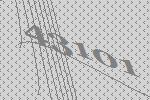
43101